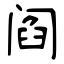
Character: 阎